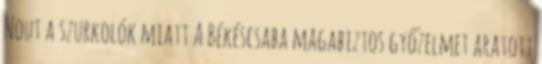
Nout a szurkolók miatt A Békéscsaba magabiztos győzelmet aratott